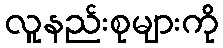
လူနည်းစုများကို